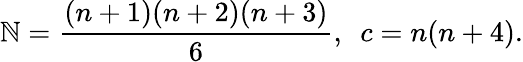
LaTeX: \mathbb{N}=\frac{{(n+1)(n+2)(n+3)}}{{6}},\ \ c=n(n+4).